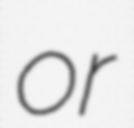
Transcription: or